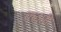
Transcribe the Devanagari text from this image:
क्‍ऌप्ती